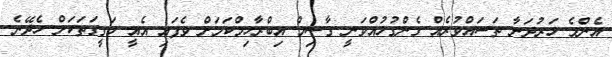
އެންމެ ހަރުދަނާ ތަސައްވުރެއް ގެންގުޅުއްވަނީ ގާސިމް އިބްރާހިމްކަމަށް ވެފައި އެއީ ހަގީގަތަކަށް ހެދޭނެ